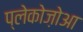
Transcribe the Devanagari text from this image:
प्लेकोज़ोआ